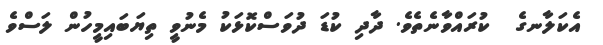
އެކަލާނގެ  ކުރައްވާނެތެވެ. ދާދި ކުޑަ ދުވަސްކޮޅަކު މެނުވީ ތިޔަބައިމީހުން ލަސްވެ